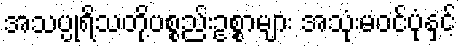
အသပ္ပုရိသတို့ပစ္စည်းဥစ္စာများ အသုံးမဝင်ပုံနှင့်